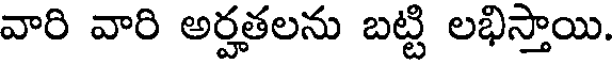
వారి వారి అర్హతలను బట్టి లభిస్తాయి.